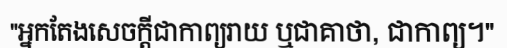
"អ្នកតែងសេចក្តីជាកាព្យរាយ ឬជាគាថា, ជាកាព្យ។"